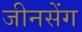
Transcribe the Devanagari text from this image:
जीनसेंग